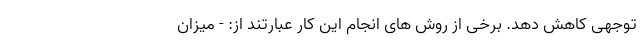
توجهی کاهش دهد. برخی از روش های انجام این کار عبارتند از: - میزان